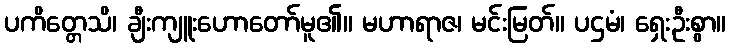
ပကိတ္တေသိ၊ ချီးကျူးဟောတော်မူ၏။ မဟာရာဇ၊ မင်းမြတ်။ ပဌမံ၊ ရှေးဦးစွာ။